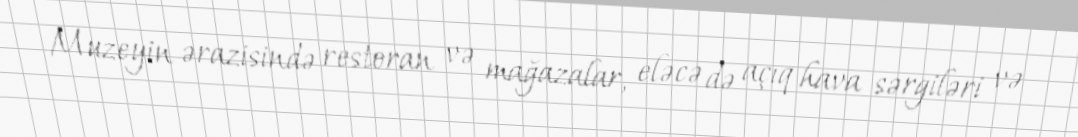
Muzeyin ərazisində restoran və mağazalar, eləcə də açıq hava sərgiləri və